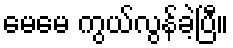
မေမေ ကွယ်လွန်ခဲ့ပြီ။